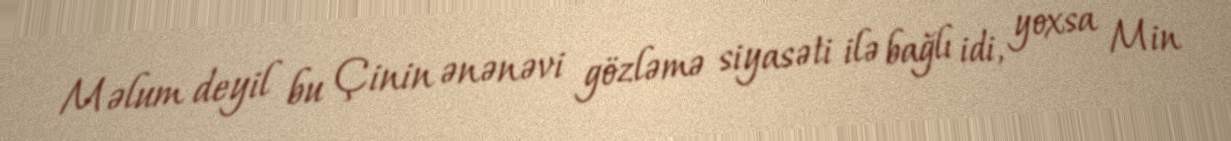
Məlum deyil bu Çinin ənənəvi gözləmə siyasəti ilə bağlı idi, yoxsa Min